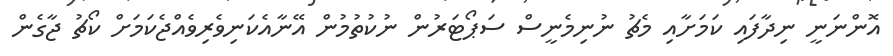
އޮންނަނީ ނިދާފައި ކަމަށާއި މެޗު ނުނިމެނީސް ސަޕޯޓަރުން ނުކުތުމުން އޭނާއެކަނިވެރިވެއްޖެކަމަށް ކޯޗު ޖާގެން